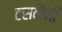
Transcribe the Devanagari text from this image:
टसकैनी